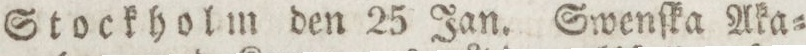
Stockholm den 25 Jan. Swenſka Aka=